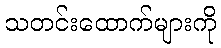
သတင်းထောက်များကို